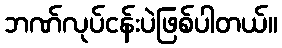
ဘဏ်လုပ်ငန်းပဲဖြစ်ပါတယ်။